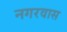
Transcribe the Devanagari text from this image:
नगरवास